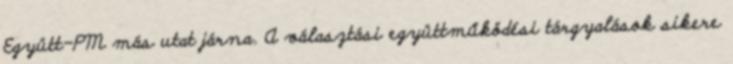
Együtt-PM más utat járna. A választási együttműködési tárgyalások sikere